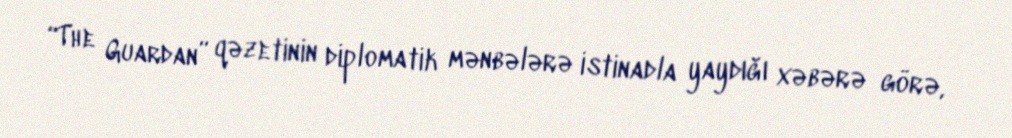
“The Guardan” qəzetinin diplomatik mənbələrə istinadla yaydığı xəbərə görə,